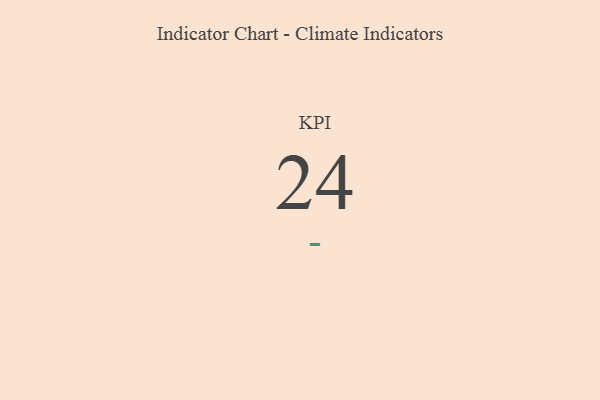
{"axis": {"x": "KPI", "y": "Value"}, "legend": [""], "data": [{"x": "KPI", "y": 24, "type": ""}]}